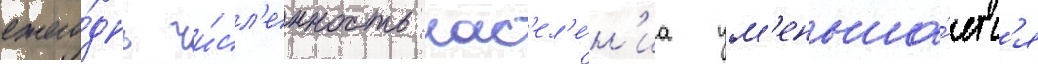
ежего́дно чи́сл'енность нас'ел'е́н'иа ум'еньша́етс'я